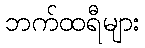
ဘက်ထရီများ